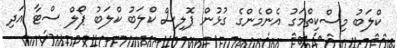
ކްލަބު މިސްކިތްމަގު އެންމެންގެ ގުޅުން ޕޮލިސް ކްލަބު ކްލަބު ޕޯލް ސްޓާ އަދި